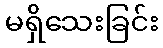
မရှိသေးခြင်း